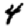
Digit: 4